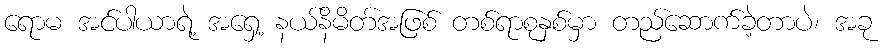
ရောမ အင်ပါယာရဲ့ အရှေ့ နယ်နိမိတ်အဖြစ် တစ်ရာစုနှစ်မှာ တည်ဆောက်ခဲ့တာပဲ၊ အခု